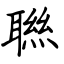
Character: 聮